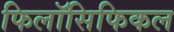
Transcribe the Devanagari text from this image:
फिलॉसिफिकल